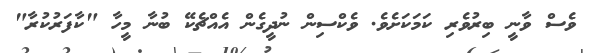
ވެސް ވާނީ ބިރުވެރި ކަމަކަށެވެ. ވެކްސިން ނުދީގެން އެއްޗެކޭ ބުނާ މީހާ "ކާފަރުކުރާ"